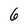
Character: 6